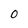
Character: O